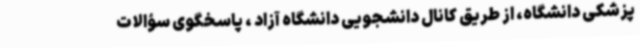
پزشکی دانشگاه، از طریق کانال دانشجویی دانشگاه آزاد ، پاسخگوی سؤالات